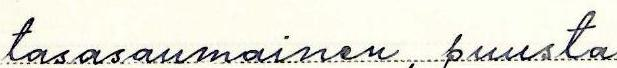
tasasaumainen, puusta